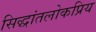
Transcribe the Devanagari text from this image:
सिद्धांतलोकप्रिय